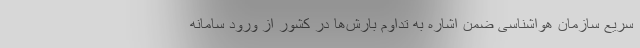
سریع سازمان هواشناسی ضمن اشاره به تداوم بارش‌ها در کشور از ورود سامانه